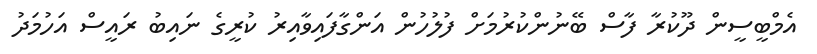
އެމްބީސީން ދޫކުރާ ފާސް ބޭނުންކުރުމަށް ފުލުހުން އަންގާފައިވާއިރު ކުރީގެ ނައިބު ރައީސް އަހުމަދު